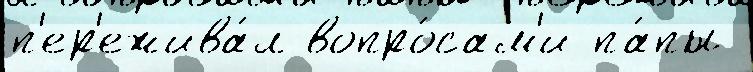
п'ер'ежива́л вопро́сам'и па́пы